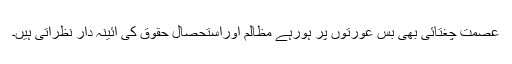
عصمت چغتائی بھی بس عورتوں پر ہورہے مظالم اوراستحصالِ حقوق کی آئینہ دار نظرآتی ہیں۔